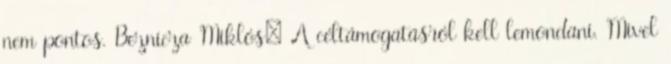
nem pontos. Beznicza Miklós: A céltámogatásról kell lemondani. Mivel